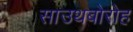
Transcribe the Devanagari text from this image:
साउथबोरोह